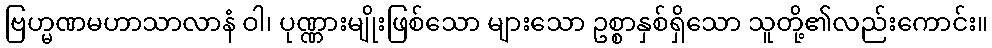
ဗြဟ္မဏမဟာသာလာနံ ဝါ၊ ပုဏ္ဏားမျိုးဖြစ်သော များသော ဥစ္စာနှစ်ရှိသော သူတို့၏လည်းကောင်း။